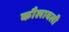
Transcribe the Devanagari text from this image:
कौलावली